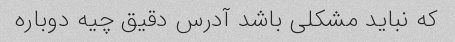
که نباید مشکلی باشد آدرس دقیق چیه دوباره